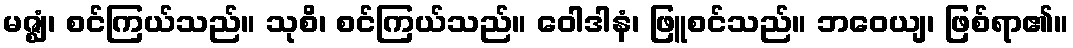
မဇ္ဈံ၊ စင်ကြယ်သည်။ သုစိ၊ စင်ကြယ်သည်။ ဝေါဒါနံ၊ ဖြူစင်သည်။ ဘဝေယျ၊ ဖြစ်ရာ၏။